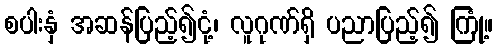
စပါးနှံ အဆန်ပြည့်၍ငုံ့၊ လူဂုဏ်ရှိ ပညာပြည့်၍ ကြုံ့။